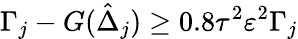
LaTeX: \Gamma_{j}-{G}(\hat{\Delta}_{j})\geq 0.8\tau^{2}\varepsilon^{2}\Gamma_{j}